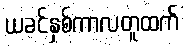
ယခင်နှစ်ကာလတူထက်